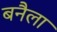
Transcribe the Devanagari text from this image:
बनैला